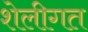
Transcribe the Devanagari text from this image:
शेलीगत